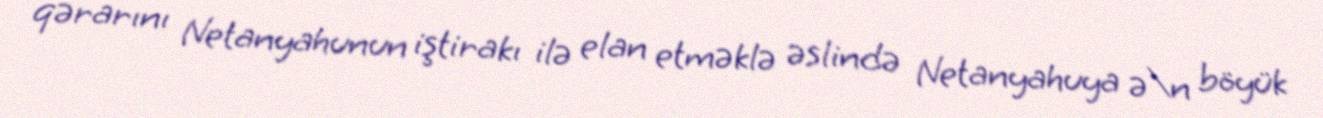
qərarını Netanyahunun iştirakı ilə elan etməklə əslində Netanyahuya ə\n böyük